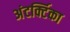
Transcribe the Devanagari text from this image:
अंटर्क्टिका